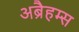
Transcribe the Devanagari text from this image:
अब्रैहम्स